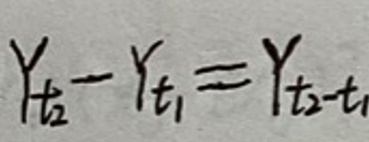
$y_{t2}-y_{t1}=y_{t2-t1}$